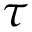
\tau